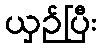
ယှဉ်ပြီး